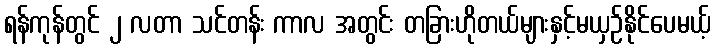
ရန်ကုန်တွင် ၂ လတာ သင်တန်း ကာလ အတွင်း တခြားဟိုတယ်များနှင့်မယှဉ်နိုင်ပေမယ့်